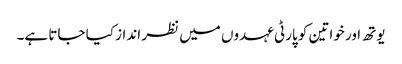
یوتھ اور خواتین کو پارٹی عہدوں میں نظر انداز کیا جاتا ہے۔